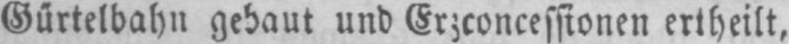
Gürtelbahn gebaut und Erzconcessionen ertheilt,